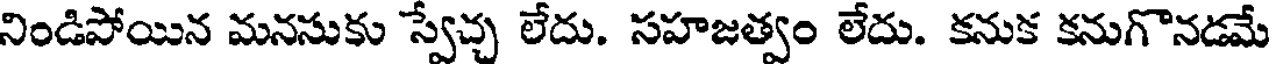
నిండిపోయిన మనసుకు స్వేచ్చ లేదు. సహజత్వం లేదు. కనుక కనుగొనడమే